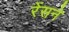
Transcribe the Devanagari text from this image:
रेंसने